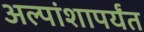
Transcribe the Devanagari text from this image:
अल्पांशापर्यंत